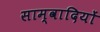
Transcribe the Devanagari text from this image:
साम्वादियों